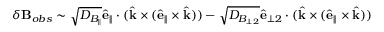
\delta \mathbf { B } _ { o b s } \sim \sqrt { D _ { B _ { \parallel } } } \hat { \mathbf { e } } _ { \parallel } \cdot ( \hat { \mathbf { k } } \times ( \hat { \mathbf { e } } _ { \parallel } \times \hat { \mathbf { k } } ) ) - \sqrt { D _ { B _ { \perp 2 } } } \hat { \mathbf { e } } _ { \perp 2 } \cdot ( \hat { \mathbf { k } } \times ( \hat { \mathbf { e } } _ { \parallel } \times \hat { \mathbf { k } } ) )